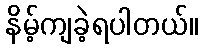
နိမ့်ကျခဲ့ရပါတယ်။